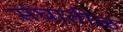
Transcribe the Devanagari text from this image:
संघातीळ